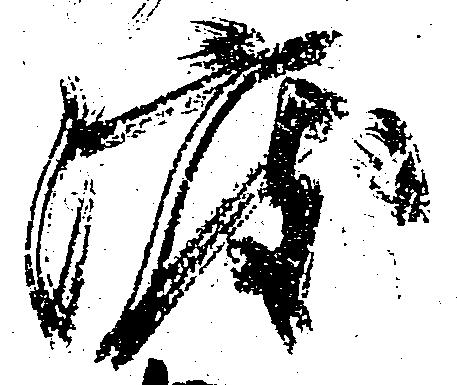
渡